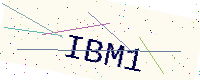
Text: IBM1